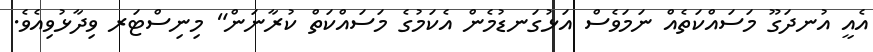
އެއީ އުނދަގޫ މަސައްކަތެއް ނަމަވެސް އަޅުގަނޑުމެން އެކަމުގެ މަސައްކަތް ކުރާނަން" މިނިސްޓަރ ވިދާޅުވިއެވެ.